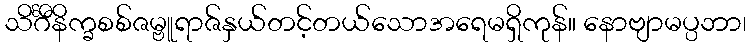
သိင်္ဂီနိက္ခစစ်ဇမ္ဗူရာဇ်နှယ်တင့်တယ်သောအရေမရှိကုန်။ နောဗျာမပ္ပဘာ၊